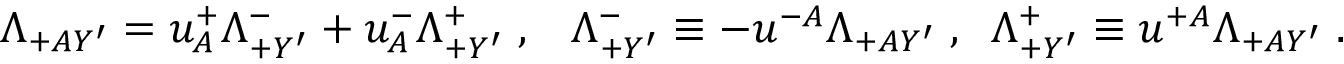
\Lambda _ { + A Y ^ { \prime } } = u _ { A } ^ { + } \Lambda _ { + Y ^ { \prime } } ^ { - } + u _ { A } ^ { - } \Lambda _ { + Y ^ { \prime } } ^ { + } \; , \; \; \; \Lambda _ { + Y ^ { \prime } } ^ { - } \equiv - u ^ { - A } \Lambda _ { + A Y ^ { \prime } } \; , \; \; \Lambda _ { + Y ^ { \prime } } ^ { + } \equiv u ^ { + A } \Lambda _ { + A Y ^ { \prime } } \; .